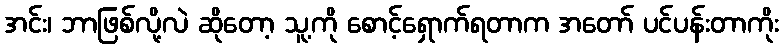
အင်း၊ ဘာဖြစ်လို့လဲ ဆိုတော့ သူ့ကို စောင့်ရှောက်ရတာက အတော် ပင်ပန်းတာကိုး